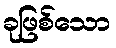
ခုဖြစ်သော